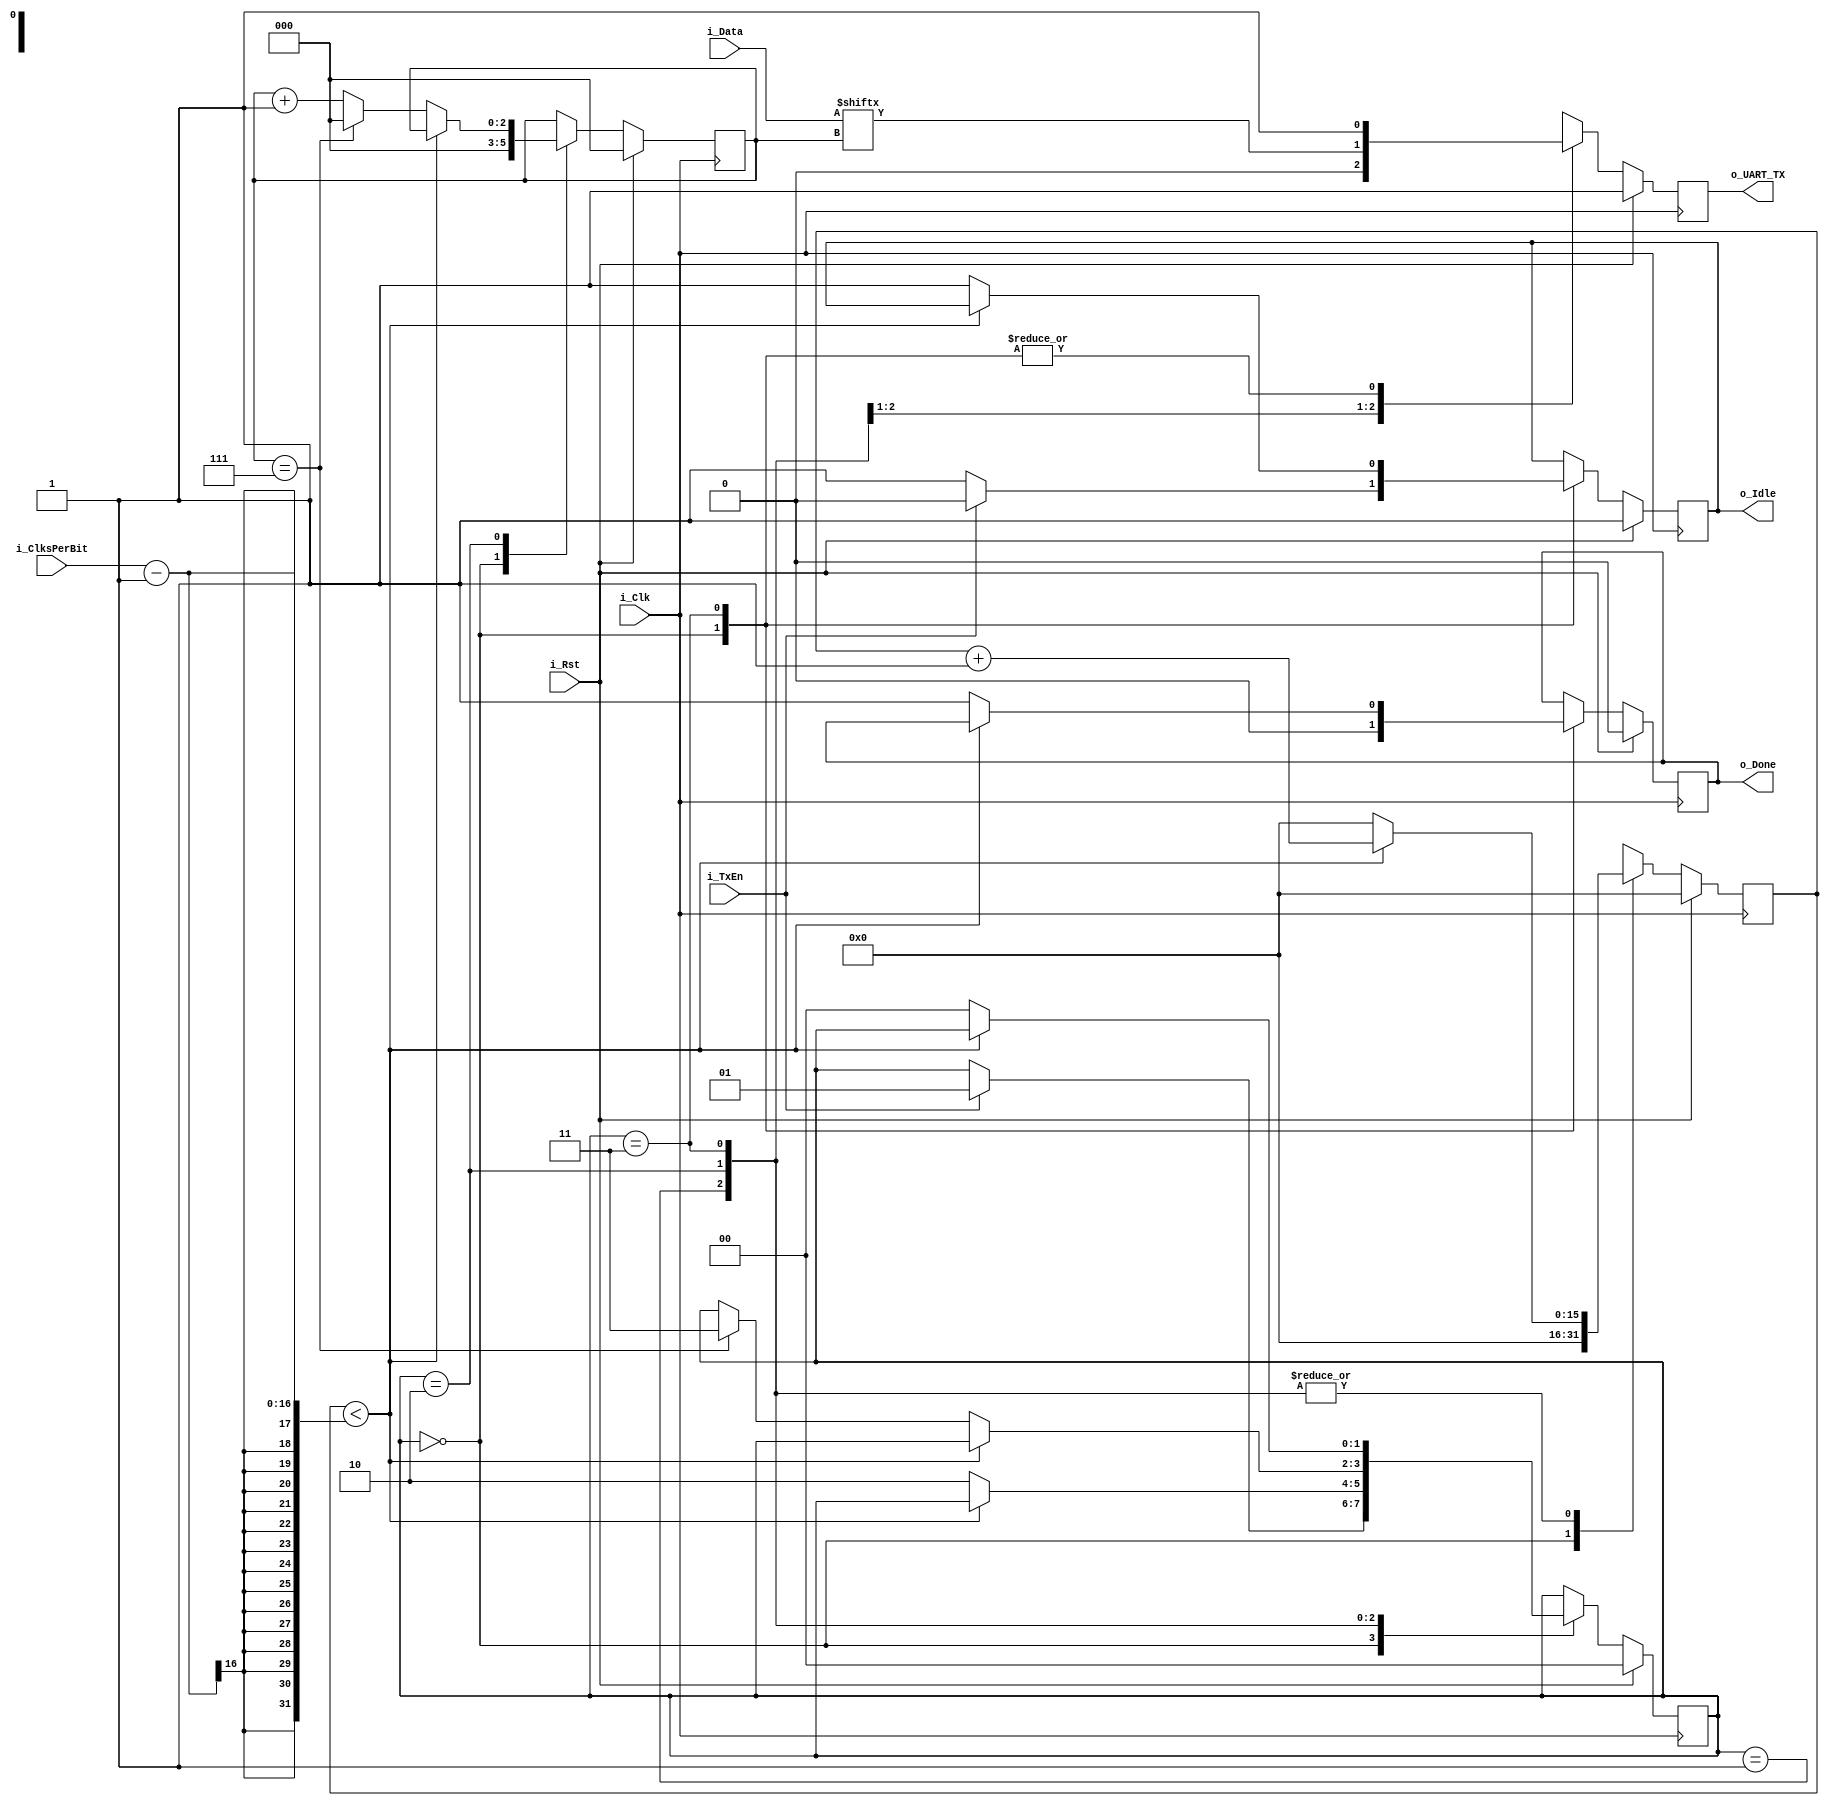
`timescale 1ns / 1ps

module UartTx (
    input i_Clk,
    input i_Rst,

    output reg o_UART_TX,

    input [15:0] i_ClksPerBit,
    input i_TxEn,
    input [7:0] i_Data,
    output reg o_Idle,
    output reg o_Done
    );

    initial begin
        o_UART_TX <= 1'b1;
        o_Idle <= 1'b1;
        o_Done <= 1'b0;
    end
    
    reg [15:0] r_ClksPerBitCounter = 16'b0;
    reg [2:0] r_BitCounter = 3'b0;

    //UART TX state machine
    localparam TX_STATE_SIZE = 2;
    localparam TX_WAIT      = 0,
               TX_START_BIT = 1,
               TX_DATA      = 2,
               TX_STOP      = 3;
    reg [TX_STATE_SIZE-1:0] TXState = TX_WAIT;
    

    always @(posedge i_Clk)begin
        if(i_Rst)begin
            o_UART_TX <= 1'b1;
            o_Idle <= 1'b1;
            o_Done <= 1'b0;
            r_ClksPerBitCounter <= 16'b0;
            r_BitCounter <= 3'b0;

            TXState <= TX_WAIT;
        end else begin
            case (TXState)
                TX_WAIT:begin
                    o_UART_TX <= 1;
                    o_Done <= 0;
                    r_ClksPerBitCounter <= 0;
                    r_BitCounter <= 0;

                    if(i_TxEn == 1)begin
                        o_Idle <= 0;
                        TXState <= TX_START_BIT;
                    end else begin
                        o_Idle <= 1;
                    end
                end
                TX_START_BIT:begin
                    o_UART_TX <= 0;

                    if(r_ClksPerBitCounter < i_ClksPerBit - 1)begin
                        r_ClksPerBitCounter <= r_ClksPerBitCounter + 1;
                    end else begin
                        r_ClksPerBitCounter <= 0;
                        TXState <= TX_DATA;
                    end
                end
                TX_DATA:begin
                    o_UART_TX <= i_Data[r_BitCounter];

                    if(r_ClksPerBitCounter < i_ClksPerBit - 1)begin
                        r_ClksPerBitCounter <= r_ClksPerBitCounter + 1;
                    end else begin
                        r_BitCounter <= r_BitCounter + 1;
                        r_ClksPerBitCounter <= 0;

                        if(r_BitCounter == 7)begin
                            r_BitCounter <= 0;
                            TXState <= TX_STOP; 
                        end
                    end
                end
                TX_STOP:begin
                    o_UART_TX <= 1;
                    if(r_ClksPerBitCounter < i_ClksPerBit - 1)begin
                        r_ClksPerBitCounter <= r_ClksPerBitCounter + 1;
                    end else begin
                        r_ClksPerBitCounter <= 0;
                        o_Done <= 1;
                        o_Idle <= 1;
                        TXState <= TX_WAIT;
                    end
                end
            endcase
        end
    end
endmodule